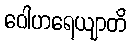
ဝေါဟရေယျာတိ